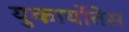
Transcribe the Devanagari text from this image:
युकार्योतेस